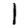
Digit: 1